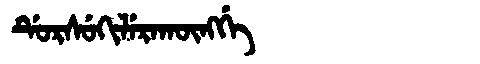
Manchu: ᡩᡠᡵᠰᡠᡴᡳᠯᡝᡵᠠᡴᡡᠩᡤᡝ
Romanization: DURSUKILERAKŪNGGE